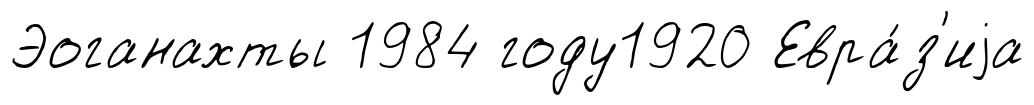
Эоганахты 1984 году1920 Евра́з'иjа